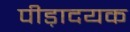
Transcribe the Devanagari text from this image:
पीड़ादयक